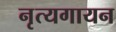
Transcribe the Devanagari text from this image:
नृत्यगायन